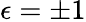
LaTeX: \epsilon=\pm 1